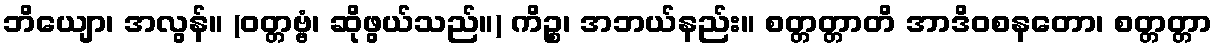
ဘိယျော၊ အလွန်။ (ဝတ္တဗ္ဗံ၊ ဆိုဖွယ်သည်။) ကိဉ္စ၊ အဘယ်နည်း။ စတ္တတ္တာတိ အာဒိဝစနတော၊ စတ္တတ္တာ